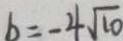
b = - 4 \sqrt { 1 0 }